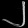
Digit: ၂